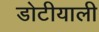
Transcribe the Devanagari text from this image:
डोटीयाली